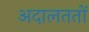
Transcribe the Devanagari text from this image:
अदालततों